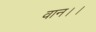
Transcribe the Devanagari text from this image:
वान।।